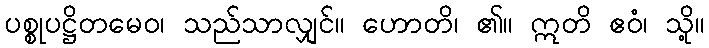
ပစ္စုပဋ္ဌိတမေဝ၊ သည်သာလျှင်။ ဟောတိ၊ ၏။ ဣတိ ဧဝံ၊ သို့။